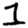
Digit: 1